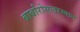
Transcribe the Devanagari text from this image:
बार्बारोसादरम्यान